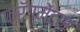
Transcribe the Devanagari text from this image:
फ्रॅग्मेंट्स